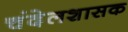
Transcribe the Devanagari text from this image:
चंदेलशासक